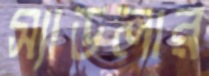
স্যাডলার